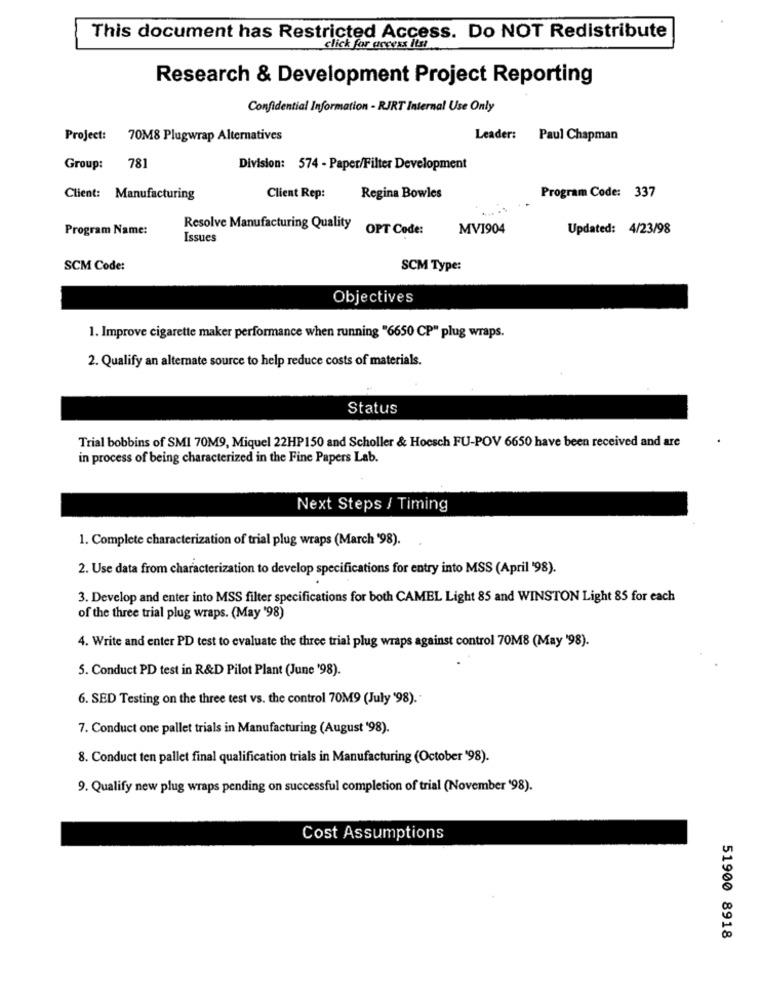
This document has Restricted Access. Do NOT Redistribute
click for access Itsi
Research & Development Project Reporting
Confidential Information - RJRT Internal Use Only
Project:
70M8 Plugwrap Alternatives
Leader: Paul Chapman
Group:
781
Division: 574 - Paper/Filter Development
Client: Manufacturing
Client Rep:
Regina Bowles
Program Code: 337
Program Name:
Resolve Manufacturing Quality OPT Code:
MV1904
Updated: 4/23/98
Issues
SCM Code:
SCM Type:
Objectives
1. Improve cigarette maker performance when running "6650 CP" plug wraps.
2. Qualify an alternate source to help reduce costs of materials.
Status
Trial bobbins of SMI 70M9, Miquel 22HP150 and Scholler & Hoesch FU-POV 6650 have been received and are
in process of being characterized in the Fine Papers Lab.
Next Steps / Timing
1. Complete characterization of trial plug wraps (March '98).
2. Use data from characterization to develop specifications for entry into MSS (April '98).
3. Develop and enter into MSS filter specifications for both CAMEL Light 85 and WINSTON Light 85 for each
of the three trial plug wraps. (May '98)
4. Write and enter PD test to evaluate the three trial plug wraps against control 70M8 (May '98).
5. Conduct PD test in R&D Pilot Plant (June '98).
6. SED Testing on the three test vs. the control 70M9 (July '98).
7. Conduct one pallet trials in Manufacturing (August '98).
8. Conduct ten pallet final qualification trials in Manufacturing (October '98).
9. Qualify new plug wraps pending on successful completion of trial (November '98).
Cost Assumptions
51900 8918